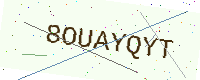
Text: 8OUAYQYT